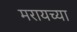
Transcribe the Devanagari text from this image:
मरायच्या